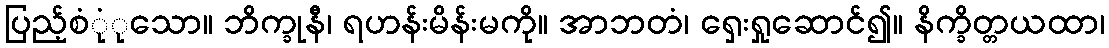
ပြည့်စုုံံသော။ ဘိက္ခုနီ၊ ရဟန်းမိန်းမကို။ အာဘတံ၊ ရှေးရှုဆောင်၍။ နိက္ခိတ္တယထာ၊